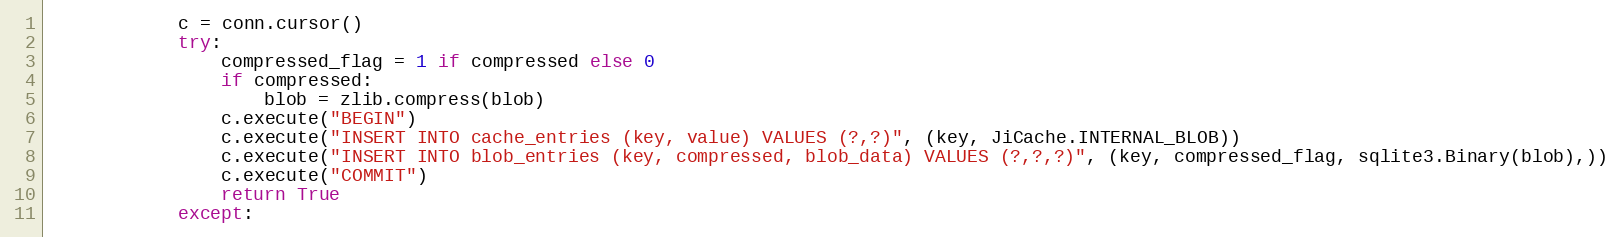
Language: Python
            c = conn.cursor()
            try:
                compressed_flag = 1 if compressed else 0
                if compressed:
                    blob = zlib.compress(blob)
                c.execute("BEGIN")
                c.execute("INSERT INTO cache_entries (key, value) VALUES (?,?)", (key, JiCache.INTERNAL_BLOB))
                c.execute("INSERT INTO blob_entries (key, compressed, blob_data) VALUES (?,?,?)", (key, compressed_flag, sqlite3.Binary(blob),))
                c.execute("COMMIT")
                return True
            except: